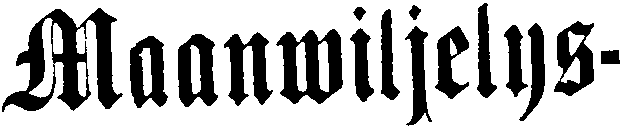
Maanwiljelys-